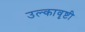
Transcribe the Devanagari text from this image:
उल्कावृष्टी